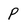
Character: p